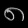
Digit: ၈